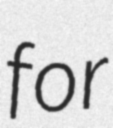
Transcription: for